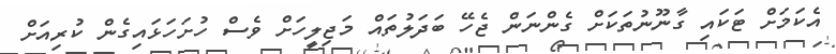
އެކަމަށް ޓަކައި ގާނޫނުތަކަށް ގެންނަން ޖެހޭ ބަދަލުތައް މަޖިލީހަށް ވެސް ހުށަހަޅައިގެން ކުރިއަށް